Civil Veterinary Dept. Bombay admin report 1907-1913 - 1907-1913
Year: 1907
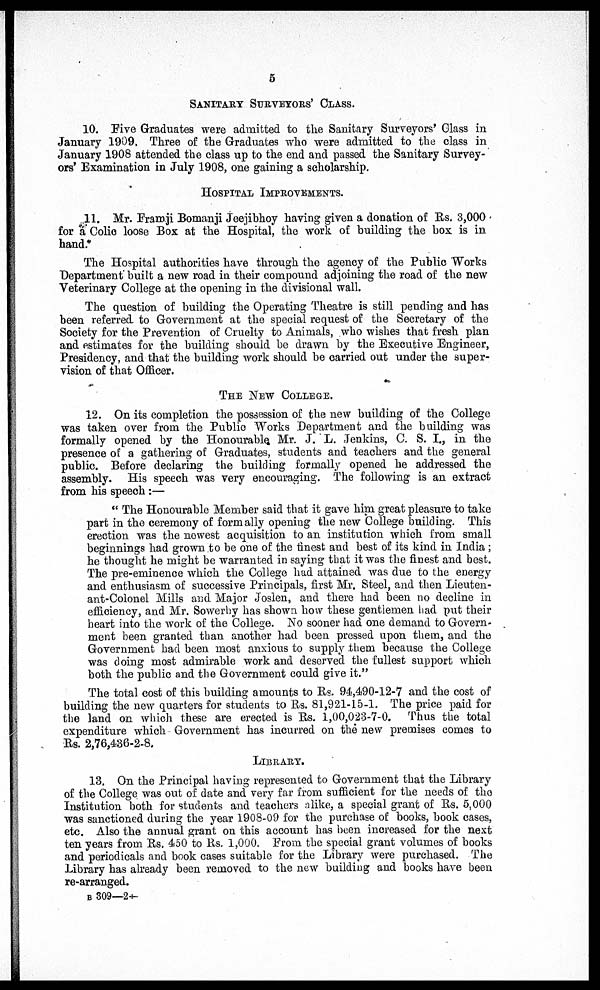
5
SANITARY SURVEYORS' CLASS.
10. Five Graduates were admitted to the Sanitary Surveyors' Class in
January 1909, Three of the Graduates who were admitted to the class in
January 1908 attended the class up to the end and passed the Sanitary Survey¬
ors' Examination in July 1908, one gaining a scholarship.
HOSPITAL IMPROVEMENTS.
11. Mr. Framji Bomanji Jeejibhoy having given a donation of Rs. 3,000
for a Colic loose Box at the Hospital, the work of building the box is in hand.
The Hospital authorities have through the agency of the Public Works
Department built a new road in their compound adjoining the road of the new
Veterinary College at the opening in the divisional wall.
The question of building the Operating Theatre is still pending and has
been referred to Government at the special request of the Secretary of the
Society for the Prevention of Cruelty to Animals, who wishes that fresh plan
and estimates for the building should be drawn by the Executive Engineer,
Presidency, and that the building work should be carried out under the super¬
vision of that Officer.
THE NEW COLLEGE.
12. On its completion the possession of the new building of the College
was taken over from the Public Works Department and the building was
formally opened by the Honourable, Mr. J. L. Jenkins, C. S. I., in the
presence of a gathering of Graduates, students and teachers and the general
public. Before declaring the building formally opened he addressed the
assembly. His speech was very encouraging. The following is an extract
from his speech :—
" The Honourable Member said that it gave him great pleasure to take
part in the ceremony of formally opening the new College building. This
erection was the newest acquisition to an institution which from small
beginnings had grown to be one of the finest and best of its kind in India ;
he thought he might be warranted in saying that it was the finest and best.
The pre-eminence which the College had attained was due to the energy
and enthusiasm of successive Principals, first Mr, Steel, and then Lieuten¬
ant-Colonel Mills and Major Joslen, and there had been no decline in
efficiency, and Mr. Sowerby has shown how these gentlemen had put their
heart into the work of the College. No sooner had one demand to Govern¬
ment been granted than another had been pressed upon them, and the
Government had been most anxious to supply them because the College
was doing most admirable work and deserved the fullest support which
both the public and the Government could give it."
The total cost of this building amounts to Rs. 94,490-12-7 and the cost of
building the new quarters for students to Rs. 81,921-15-1, The price paid for
the land on which these are erected is Rs. 1,00,023-7-0. Thus the total
expenditure which Government has incurred on the new premises comes to
Rs. 2,76,436-2-8.
LIBRARY.
13. On the Principal having represented to Government that the Library
of the College was out of date and very far from sufficient for the needs of the
Institution both for students and teachers alike, a special grant of Rs. 5,000
was sanctioned during the year 1908-09 for the purchase of books, book cases,
etc. Also the annual grant on this account has been increased for the next
ten years from Rs. 450 to Rs. 1,000. From the special grant volumes of books
and periodicals and book cases suitable for the Library were purchased. The
Library has already been removed to the new building and books have been
re-arranged.
B 309—2†